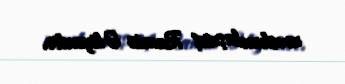
məskunlaşmış Ramiz Əliyevdir.